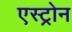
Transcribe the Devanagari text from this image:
एस्ट्रोन